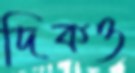
দিকও